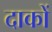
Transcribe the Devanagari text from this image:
दाकों